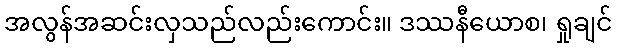
အလွန်အဆင်းလှသည်လည်းကောင်း။ ဒဿနီယောစ၊ ရှုချင်